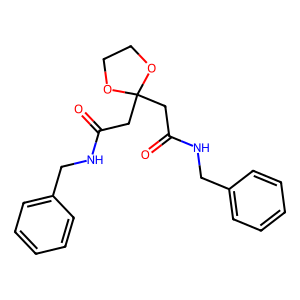
SMILES: O=C(CC1(CC(=O)NCc2ccccc2)OCCO1)NCc1ccccc1
Inhibits HIV replication: No